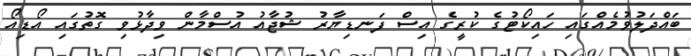
ބައްދަލުވުމެއްގައި ހައިކޯޓުގެ ކުރީގެ އިސް ފަނޑިޔާރު ޝުޖާއު އުސްމާން ވިދާޅުވި ގޮތުގައި އޯޑިއޯ